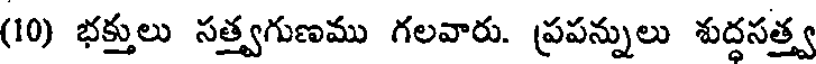
(10) భక్తులు సత్త్వగుణము గలవారు. ప్రపన్నులు శుద్దసత్త్వ